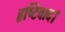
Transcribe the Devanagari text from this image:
हृष्टिवाद।